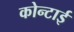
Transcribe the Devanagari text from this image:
कोन्टाई